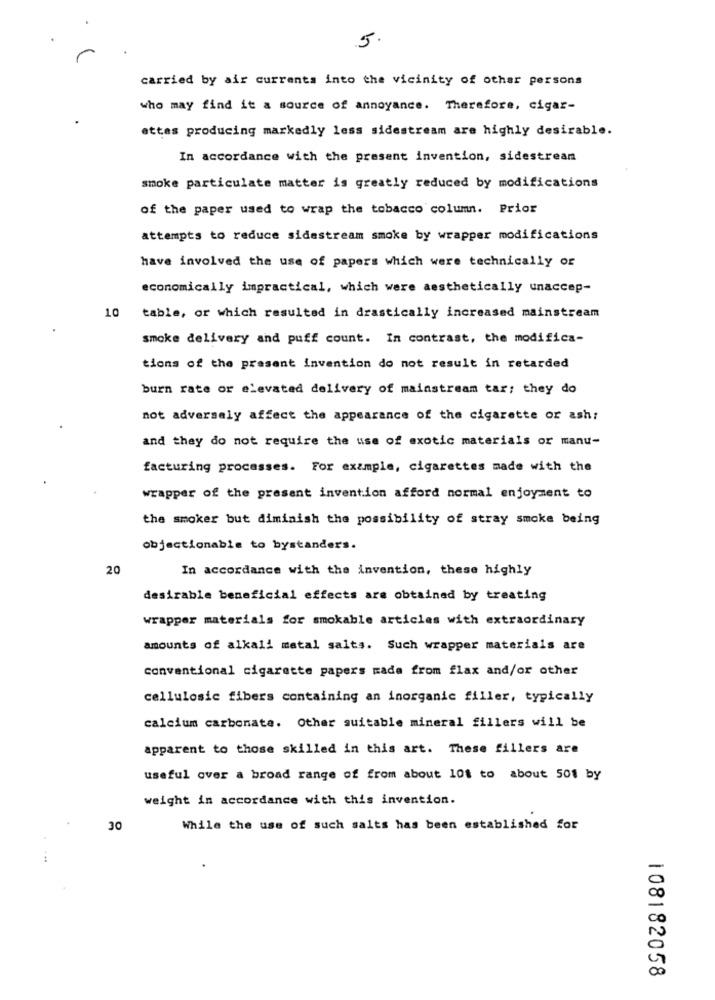
5.
carried by air currents into the vicinity of other persons
who may find it a source of annoyance. Therefore, cigar-
ettes producing markedly less sidestream are highly desirable.
In accordance with the present invention, sidestream
smoke particulate matter is greatly reduced by modifications
of the paper used to wrap the tobacco column. Prior
attempts to reduce sidestream smoke by wrapper modifications
have involved the use of papers which were technically or
economically impractical, which were aesthetically unaccep-
10
table, or which resulted in drastically increased mainstream
smoke delivery and puff count. In contrast, the modifica-
tions of the present invention do not result in retarded
burn rate or elevated delivery of mainstream tar; they do
not adversely affect the appearance of the cigarette or ash:
and they do not require the use of exotic materials or manu-
facturing processes. For example, cigarettes made with the
wrapper of the present invention afford normal enjoyment to
the smoker but diminish the possibility of stray smoke being
objectionable to bystanders.
20
In accordance with the invention, these highly
desirable beneficial effects are obtained by treating
wrapper materials for smokable articles with extraordinary
amounts of alkali metal salts. Such wrapper materials are
conventional cigarette papers made from flax and/or other
cellulosic fibers containing an inorganic filler, typically
calcium carbonate. Other suitable mineral fillers will be
apparent to those skilled in this art. These fillers are
useful over a broad range of from about 101 to about 501 by
weight in accordance with this invention.
30
While the use of such salts has been established for
108182058